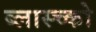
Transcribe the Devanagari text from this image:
ब्लास्च्को